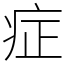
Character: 症